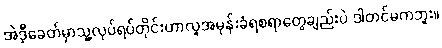
အဲဒီ့ခေတ်မှာသူ့လုပ်ရပ်တိုင်းဟာလူအမုန်းခံရစရာတွေချည်းပဲ ဒါတင်မကဘူး။